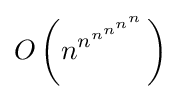
O\left(n^{n^{n^{n^{n^{n}}}}}\right)